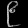
Digit: ၉